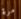
مرة